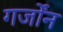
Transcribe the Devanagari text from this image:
गर्जोंन